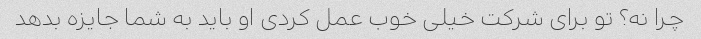
چرا نه؟ تو برای شرکت خیلی خوب عمل کردی او باید به شما جایزه بدهد